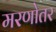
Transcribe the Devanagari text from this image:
मरणोतर